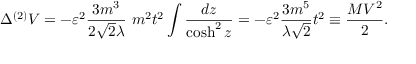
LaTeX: \Delta ^ { ( 2 ) } { \cal V } = - \varepsilon ^ { 2 } \frac { 3 m ^ { 3 } } { 2 { \sqrt { 2 } } \lambda } ~ m ^ { 2 } t ^ { 2 } \int \frac { d z } { \cosh ^ { 2 } z } = - \varepsilon ^ { 2 } \frac { 3 m ^ { 5 } } { \lambda { \sqrt 2 } } t ^ { 2 } \equiv \frac { M V ^ { 2 } } { 2 } .